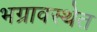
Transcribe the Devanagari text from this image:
भग्रावस्थेत